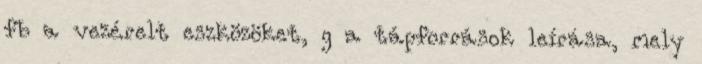
fb a vezérelt eszközöket, g a tápforrások leírása, mely